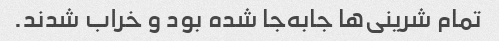
تمام شرینی‌ها جابه‌جا شده بود و خراب شدند‌.